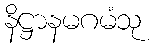
နိဋ္ဌာနမဂမံသု